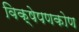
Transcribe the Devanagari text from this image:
विक्षेपणकोण